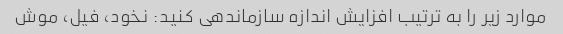
موارد زیر را به ترتیب افزایش اندازه سازماندهی کنید: نخود، فیل، موش